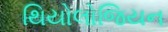
થિયોલોજિયન